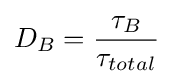
D_{B}={\frac {\tau _{B}}{\tau _{total}}}